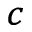
^ c